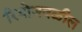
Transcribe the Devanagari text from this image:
रियोजवळील